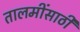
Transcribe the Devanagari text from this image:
तालमींसाठी